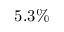
5 . 3 \%